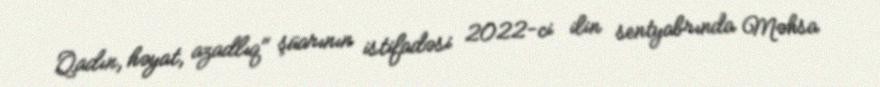
Qadın, həyat, azadlıq" şüarının istifadəsi 2022-ci ilin sentyabrında Məhsa